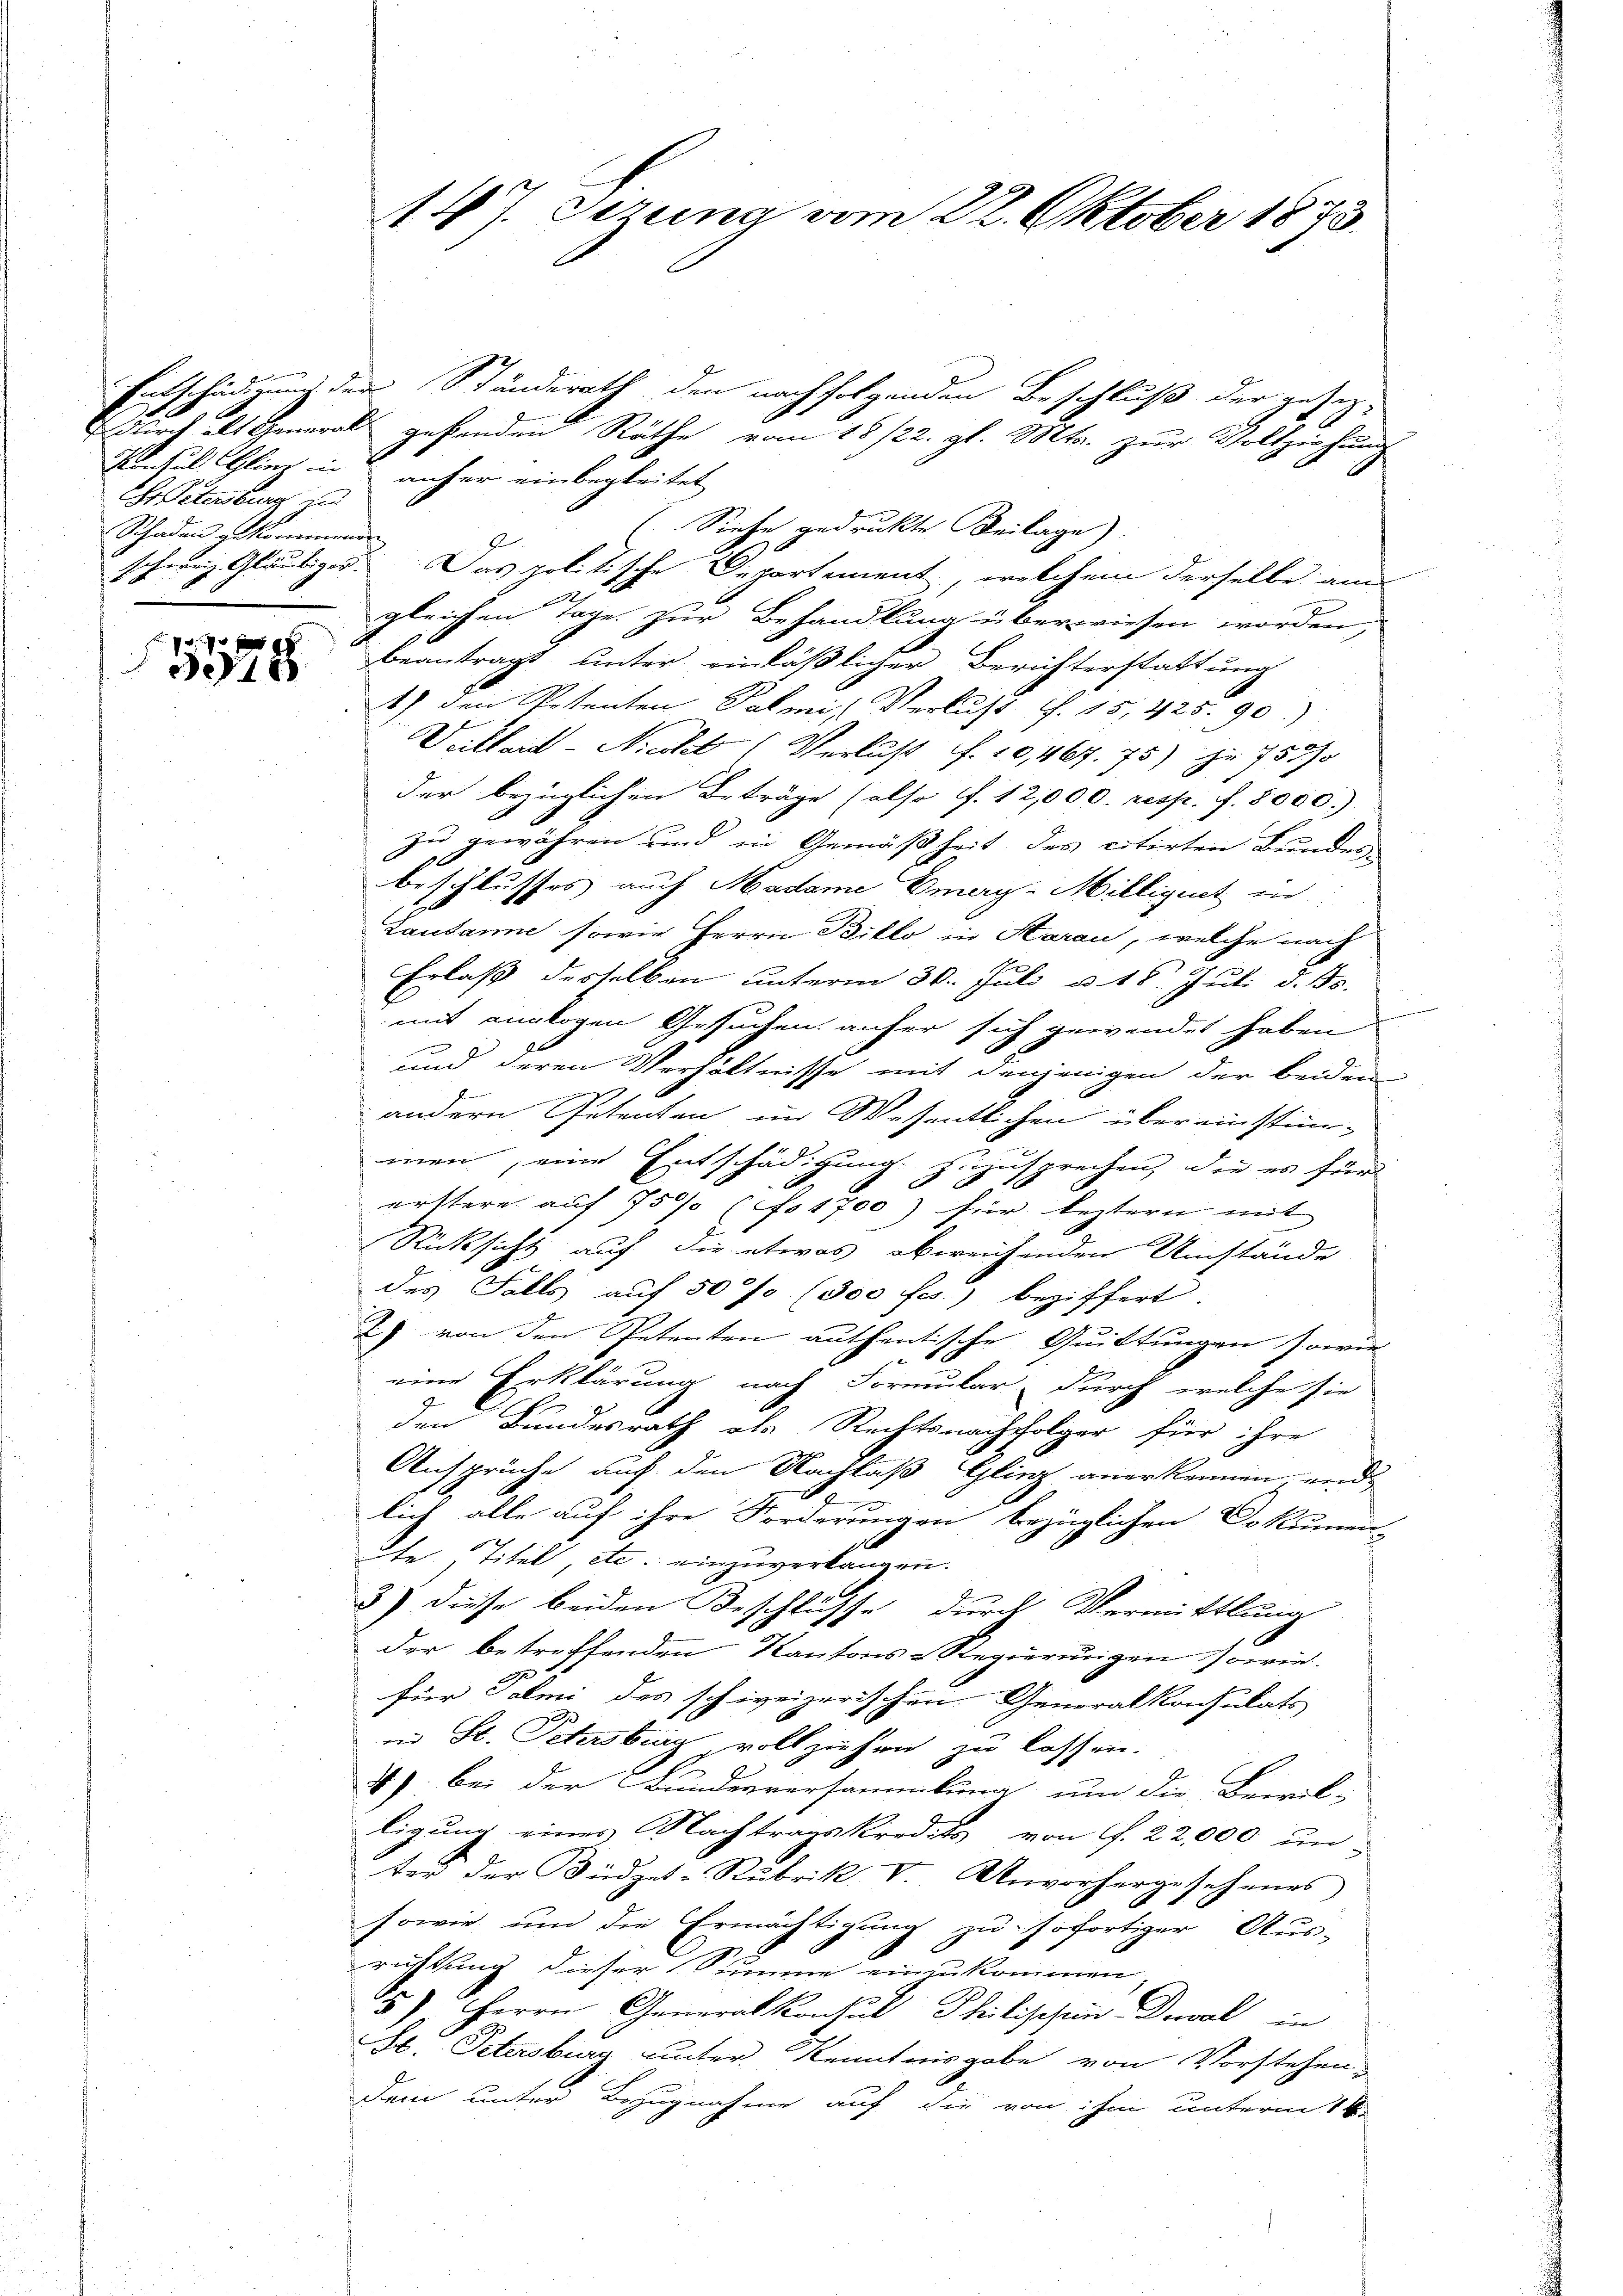
Ehr Petersburg zu
Schaden gekommenen

5578

Entschädigung der Ständerath den nachfolgenden Beschluß der gesezdurch als General gefanden Räthe vom 18 1/22. gl. Mts. zur Vollziehung
Konsuls Glinz in anher einbegleitet
Siehe gedruckte Beilage).
schweiz Gläubiger. Das politische Departement, welchem derselbe au

gleichen Tage zur Behandlung überwiesen worden,
beantragt, unter einläßlicher Berichterstattung
1) den Petenten Palmis Verlust 1. 15,425. 90.)
Veillard- Nicht (Verlust f. 10,467. 75) jr 758/
der bezüglichen Beträge (also ff. 12,000. resp. f. 8000.)
zu gewähren und in Gemäßheit des citirten Bunder
beschlusses auch Madame Emer-Milliget en
Lausanne sowie Herrn Billo, in Starau, welche nach
Erlaß desselben unterm 30. Juli u. 18. Juli d. 15.
mit analogen Gesuchen anfer sich gewendet haben.
und deren Verhältnisse mit denjenigen der beiden
e
andern Petenten im Wesentlichen übereinstimmen, eine Entschädigung zuzusprechen, die es für
erstere auf 75% (fo 1700) für leztern mit
Rücksicht auf die etwas abweichenden Umstände
des Falls auf 50 f. (300 frs.) beziffert.
2) von den Petenten authentische Quittungen sowie
eine Erklärung nach Formular durch welche sie
g
den Bundesrath als Rechtsnachfolger für ihre
Ansprüche auf den Nachlaß Gling anerkennen, und
lich alle auf ihre Forderungen bezüglichen Dokumen-
de Titel, etc. einzuverlangen.
e
3) diese beiden Beschlüsse durch Vermittlung
der betreffenden Kantons-Regierungen sowie
für Palmi des schweizerischen Generalkonsulats
in St. Petersburg vollziehen zu lassen.
4) bei der Bundesversammlung um die Bewil-
ligung eines Nachtragskredits von f. 22,000 un
ter der Büdget-Rubrik V. Unvorhergesehenes
sowie und die Ermächtigung zu sofortiger Aus-
richtung dieser Summe einzukommen
5.) " Herrn Generalkonsul Philischen Deval in
St. Petersburg unter Kenntnisgabe von Vorstehen,
dem unter Bezugnahme auf die von ihm unterm 16.

147. Sizung vom 22. Oktober 1873.